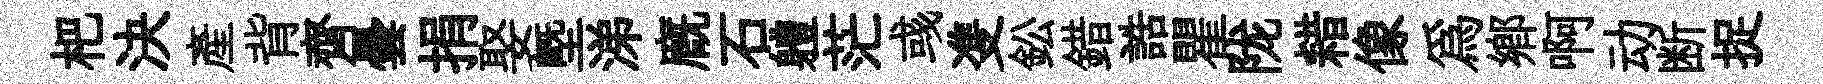
杷決產背齊曇捐娶塈涕廐石軆茫彧㕠鈆錯誥瞿陇耤像為郷啊动断捉